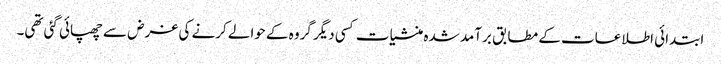
ابتدائی اطلاعات کے مطابق برآمد شدہ منشیات کسی دیگر گروہ کے حوالے کرنے کی غرض سے چھپائی گئی تھی۔